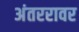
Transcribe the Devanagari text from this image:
अंतररावर